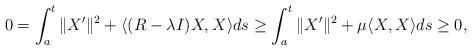
LaTeX: \begin{align*}0 = \int_a^t \|X'\|^2 + \langle (R-\lambda I)X, X \rangle ds \geq \int_a^t \|X'\|^2 + \mu\langle X, X \rangle ds \geq 0,\end{align*}